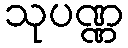
သုပဏ္ဏ